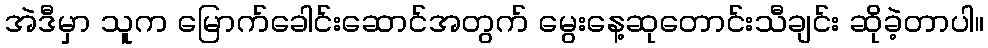
အဲဒီမှာ သူက မြောက်ခေါင်းဆောင်အတွက် မွေးနေ့ဆုတောင်းသီချင်း ဆိုခဲ့တာပါ။